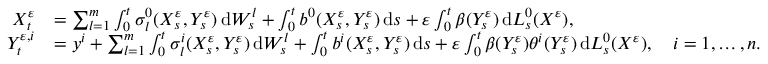
\begin{array} { r l } { X _ { t } ^ { \varepsilon } } & { = \sum _ { l = 1 } ^ { m } \int _ { 0 } ^ { t } \sigma _ { l } ^ { 0 } ( X _ { s } ^ { \varepsilon } , Y _ { s } ^ { \varepsilon } ) \, \mathrm { d } W _ { s } ^ { l } + \int _ { 0 } ^ { t } b ^ { 0 } ( X _ { s } ^ { \varepsilon } , Y _ { s } ^ { \varepsilon } ) \, \mathrm { d } s + \varepsilon \int _ { 0 } ^ { t } \beta ( Y _ { s } ^ { \varepsilon } ) \, \mathrm { d } L _ { s } ^ { 0 } ( X ^ { \varepsilon } ) , } \\ { Y _ { t } ^ { \varepsilon , i } } & { = y ^ { i } + \sum _ { l = 1 } ^ { m } \int _ { 0 } ^ { t } \sigma _ { l } ^ { i } ( X _ { s } ^ { \varepsilon } , Y _ { s } ^ { \varepsilon } ) \, \mathrm { d } W _ { s } ^ { l } + \int _ { 0 } ^ { t } b ^ { i } ( X _ { s } ^ { \varepsilon } , Y _ { s } ^ { \varepsilon } ) \, \mathrm { d } s + \varepsilon \int _ { 0 } ^ { t } \beta ( Y _ { s } ^ { \varepsilon } ) \theta ^ { i } ( Y _ { s } ^ { \varepsilon } ) \, \mathrm { d } L _ { s } ^ { 0 } ( X ^ { \varepsilon } ) , \quad i = 1 , \dots , n . } \end{array}